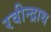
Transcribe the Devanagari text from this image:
रवीन्द्राथ